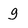
Character: g